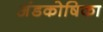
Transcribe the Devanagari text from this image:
अंडकोषिका